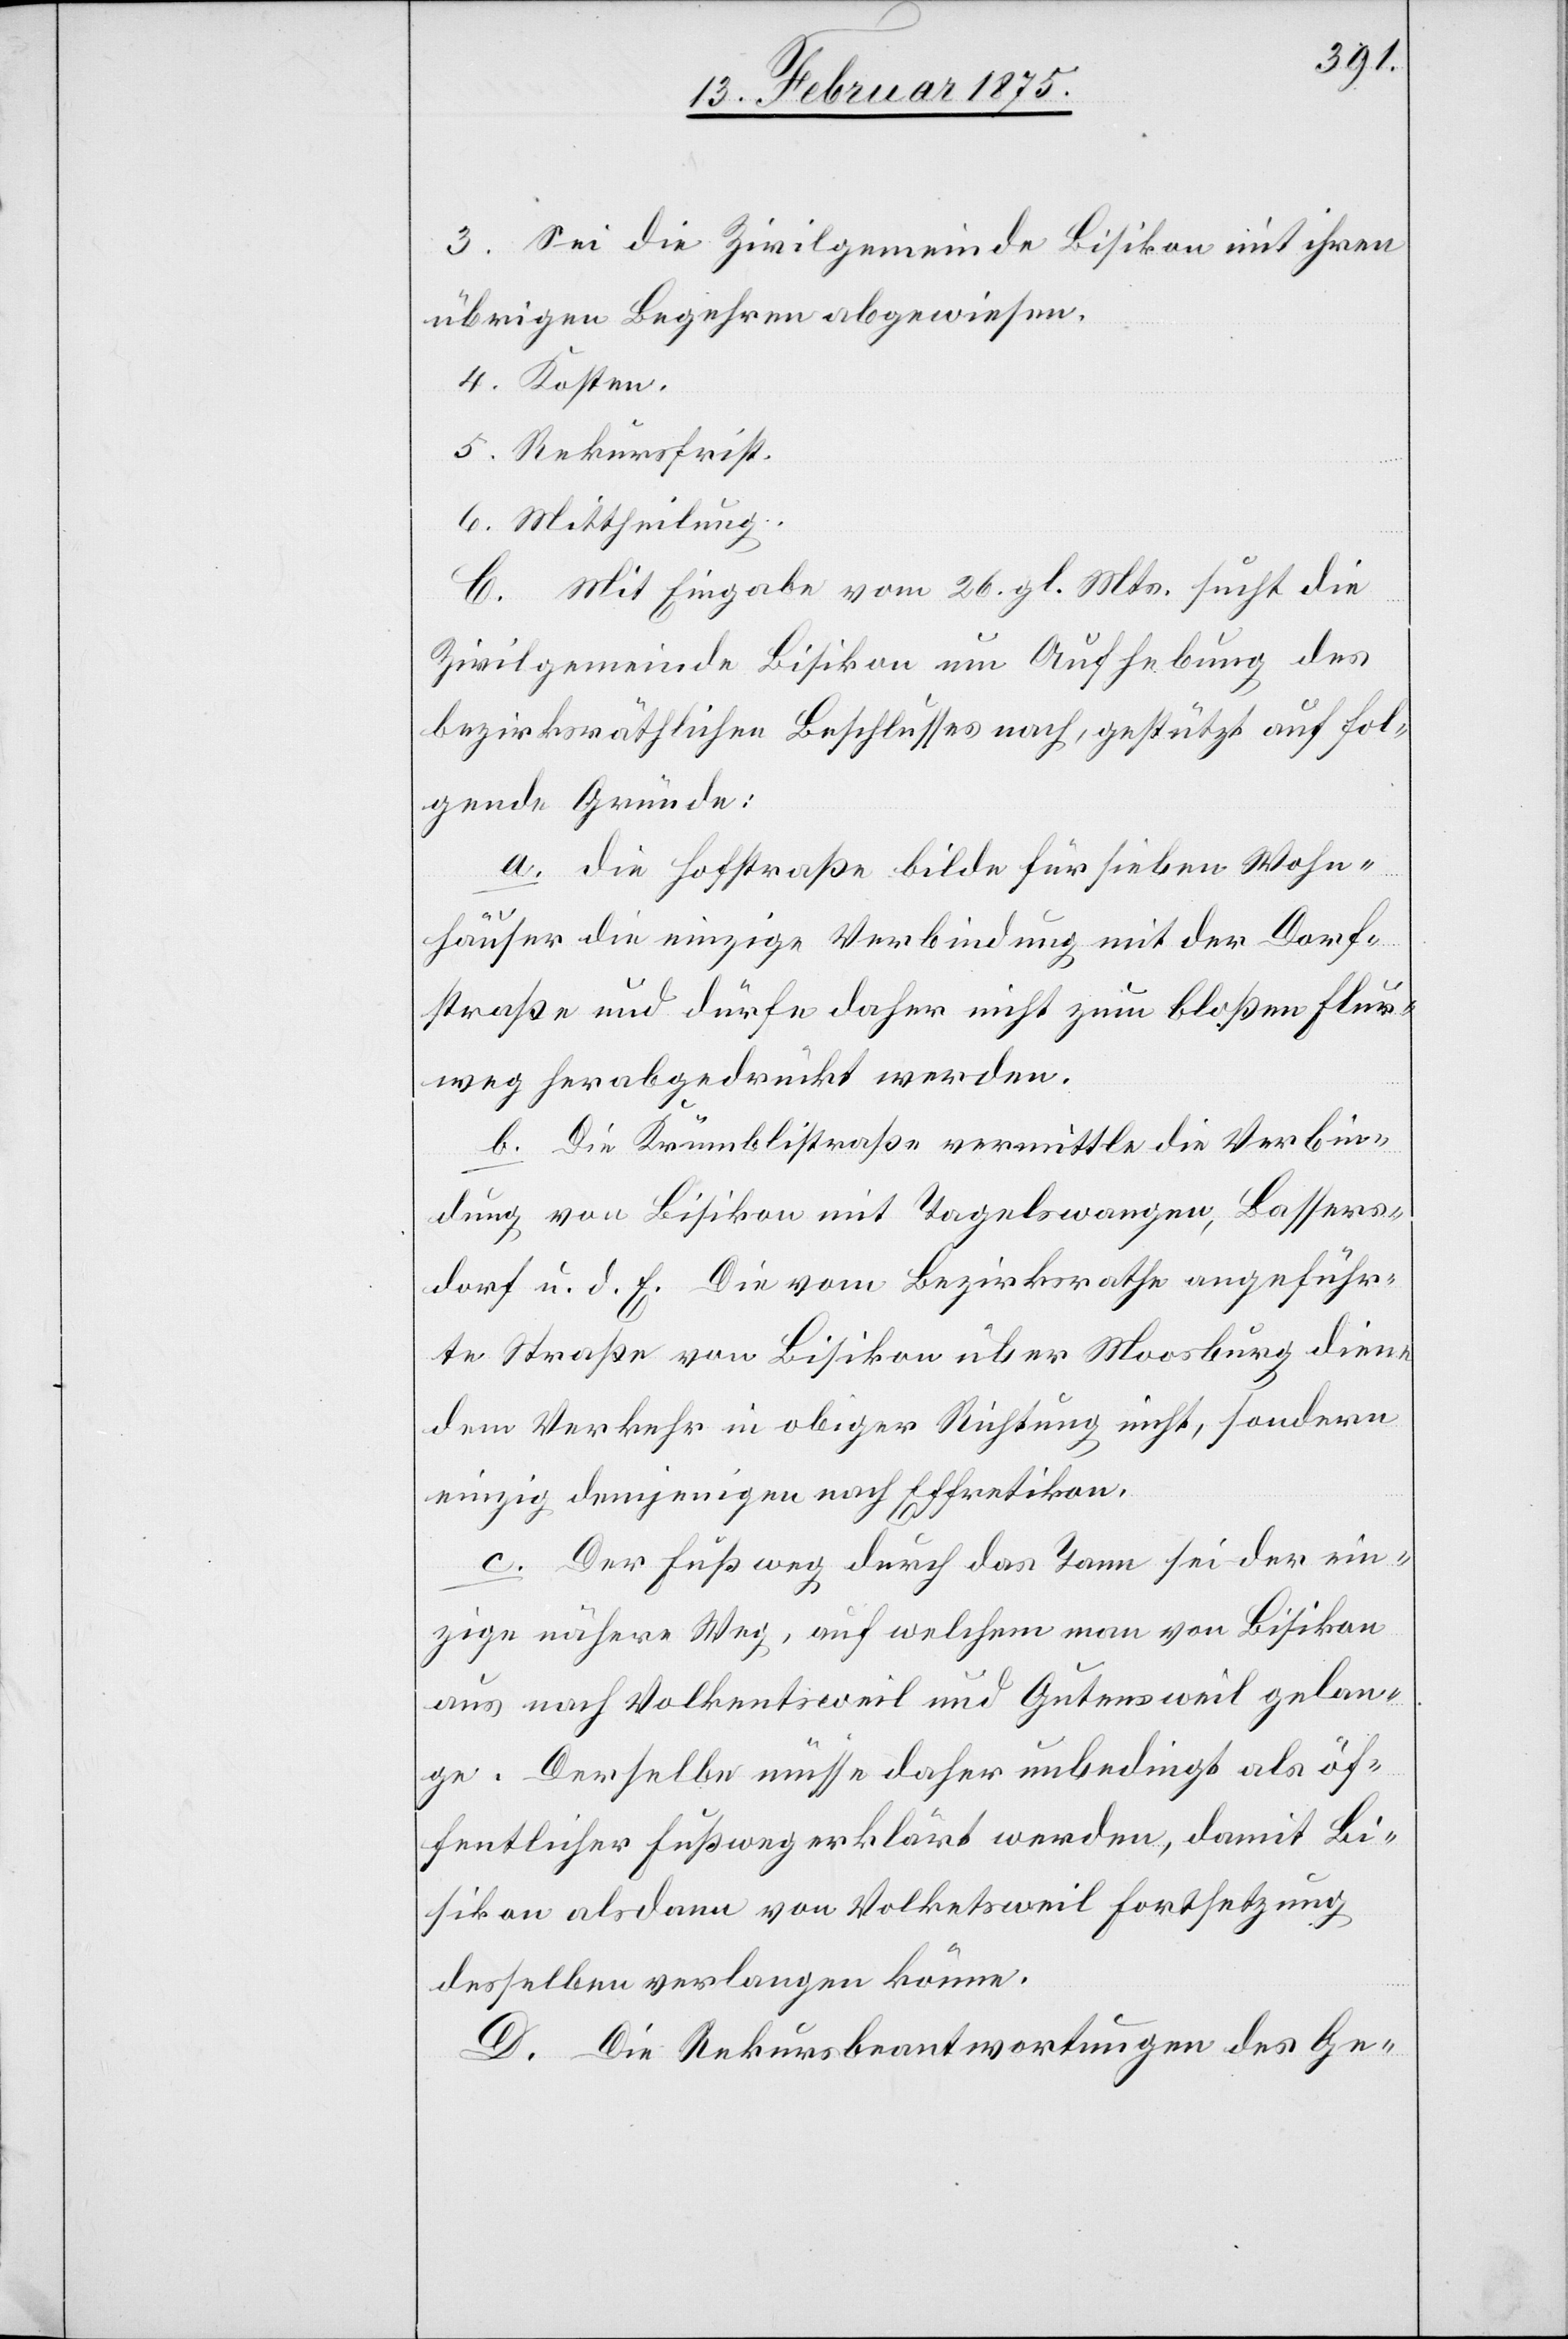
3. Sei die Zivilgemeinde Bisikon mit ihren
übrigen Begehren abgewiesen.
4. Kosten.
5. Rekursfrist.
6. Mittheilung.
C. Mit Eingabe vom 26. gl. Mts. sucht die
Zivilgemeinde Bisikon um Aufhebung des
bezirksräthlichen Beschlusses nach, gestützt auf fol¬
gende Gründe:
a. Die Hofstraße bilde für sieben Wohn¬
häuser die einzige Verbindung mit der Dorf¬
straße und dürfe daher nicht zum bloßen Flur¬
weg herabgedrückt werden.
b. Die Krümblistraße vermittle die Verbin¬
dung von Bisikon mit Tagelswangen, Bassers¬
dorf u. d. F. Die vom Bezirksrathe angeführ¬
te Straße von Bisikon über Moosburg diene
dem Verkehr in obiger Richtung nicht, sondern
einzig demjenigen nach Effretikon.
c. Der Fußweg durch das Tann sei der ein¬
zige nähere Weg, auf welchem man von Bisikon
aus nach Volkentsweil und Gutensweil gelan¬
ge. Derselbe müsse daher unbedingt als öf¬
fentlicher Fußweg erklärt werden, damit Bi¬
sikon alsdann von Volketsweil Fortsetzung
desselben verlangen könne.
D. Die Rekursbeantwortung des Ge-